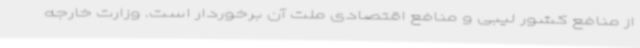
از منافع کشور لیبی و منافع اقتصادی ملت آن برخوردار است. وزارت خارجه